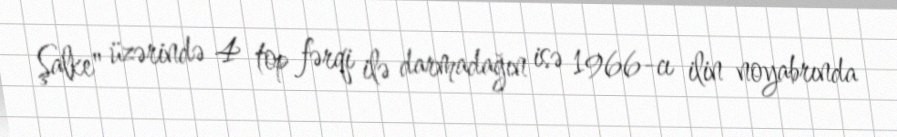
Şalke" üzərində 4 top fərqi ilə darmadağın isə 1966-cı ilin noyabrında